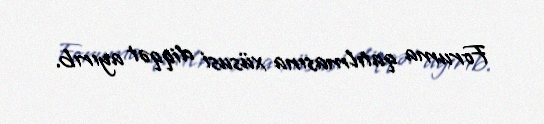
Foruma qatılmasına xüsusi diqqət ayırıb.